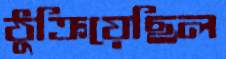
ঠুক্‌রিয়েছিল